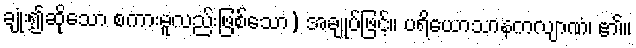
ချုံး၍ဆိုသော စကားမူလည်းဖြစ်သော) အချုပ်ဖြင့်။ ပရိယောသာနကလျာဏံ၊ ၏။